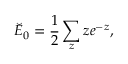
\breve { E } _ { 0 } = \frac 1 2 \sum _ { z } z e ^ { - z } ,